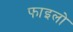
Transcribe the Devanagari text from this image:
फाइलो